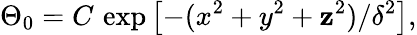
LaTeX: \Theta_{0}=C\, \exp\left[-(x^{2}+y^{2}+\mathbf{z}^{2})/\delta^{2}\right],